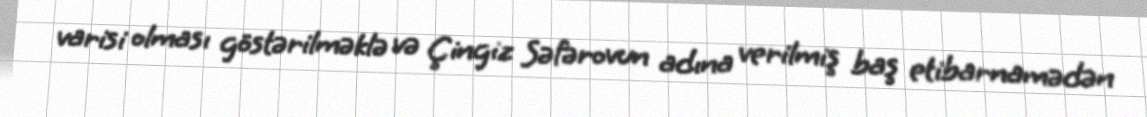
varisi olması göstərilməklə və Çingiz Səfərovun adına verilmiş baş etibarnamədən